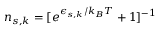
n _ { s , k } = [ e ^ { \epsilon _ { s , k } / { k _ { B } T } } + 1 ] ^ { - 1 }